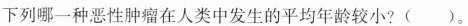
下列哪一种恶性肿瘤在人类中发生的平均年龄较小？()。